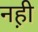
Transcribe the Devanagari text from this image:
नह़ी